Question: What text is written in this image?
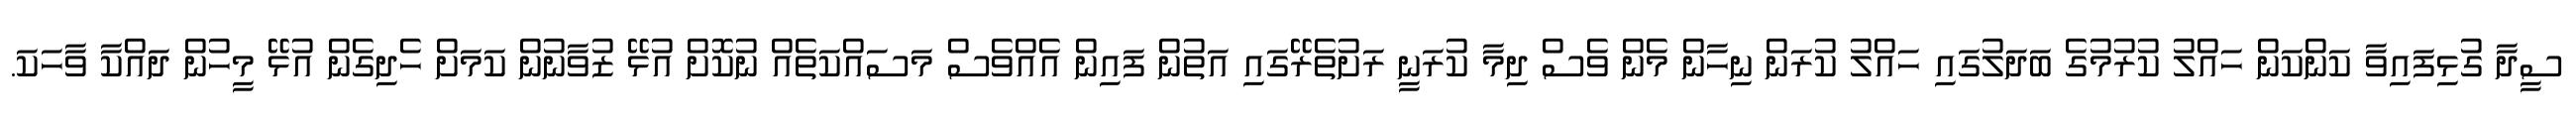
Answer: ސީދާ ގުޅިފައިވާ ކަންކަން ހައްލު ކުރުމުގެ ބަދަލުގައި ހައްލު ކުރަން ނިހާން މެން ވެސް ދިމާ ކުރަނީ ރަށުތެރޭގައި އަތުން ފައިން އެއްވެސް މަސައްކަތެއް ނުކޮށް އުޅޭ ޒުވާނުން ކަމަށް ހެދިގެން އުޅޭ މީހުން ދައްކާ ވާހަކަ.